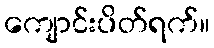
ကျောင်းပိတ်ရက်။